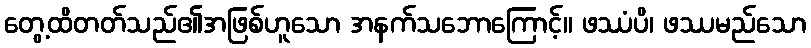
တွေ့ထိတတ်သည်၏အဖြစ်ဟူသော အနက်သဘောကြောင့်။ ဖဿံပိ၊ ဖဿမည်သော